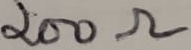
Text: 200Ω